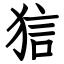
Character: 狺